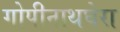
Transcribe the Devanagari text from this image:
गोपीनाथघेरा